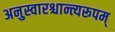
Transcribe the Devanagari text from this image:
अनुस्वारश्चान्त्यरूपम्